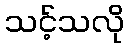
သင့်သလို